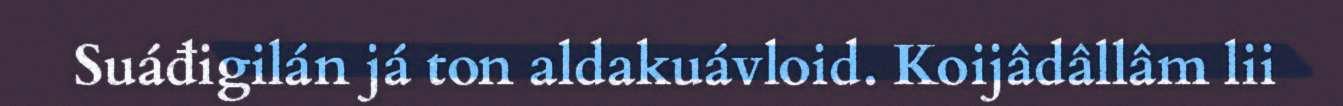
Suáđigilán já ton aldakuávloid. Koijâdâllâm lii